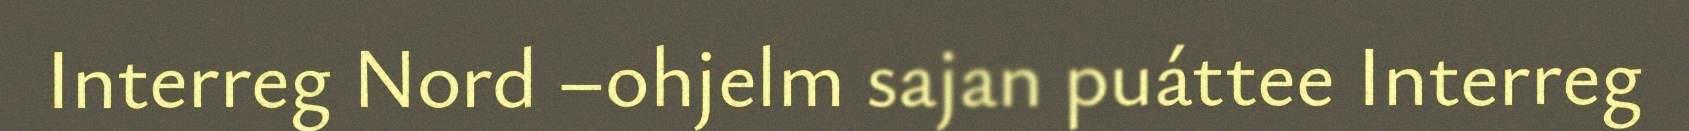
Interreg Nord –ohjelm sajan puáttee Interreg